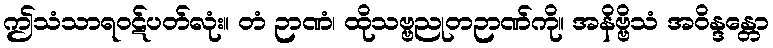
ဤသံသာရဝဋ်ပတ်လုံး။ တံ ဉာဏံ၊ ထိုသဗ္ဗညုတဉာဏ်ကို။ အနိဗ္ဗိသံ အဝိန္ဒန္တော